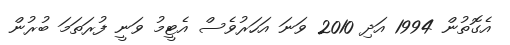
އެގޮތުން 1994 އަދި 2010 ވަނަ އަހަރުވެސް އެޓީމު ވަނީ ފުރަތަމަ ބުރުން